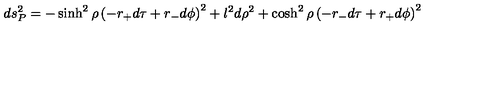
d s _ { P } ^ { 2 } = - \sinh ^ { 2 } \rho \left( - r _ { + } d \tau + r _ { - } d \phi \right) ^ { 2 } + l ^ { 2 } d \rho ^ { 2 } + \cosh ^ { 2 } \rho \left( - r _ { - } d \tau + r _ { + } d \phi \right) ^ { 2 }